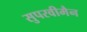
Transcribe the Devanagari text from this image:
सुपरवीमैन